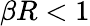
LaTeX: \beta R<1